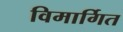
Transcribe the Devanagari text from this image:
विमार्गित